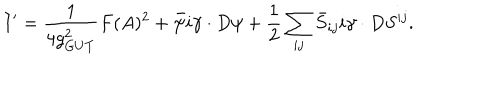
LaTeX: I ^ { \prime } = { \frac { 1 } { 4 g _ { G U T } ^ { 2 } } } F ( A ) ^ { 2 } + \bar { \psi } i \gamma \cdot D \psi + { \frac { 1 } { 2 } } \sum _ { i j } \bar { S } _ { i j } i \gamma \cdot D S ^ { i j } .